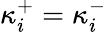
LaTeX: \kappa_{i}^{+}=\kappa_{i}^{-}